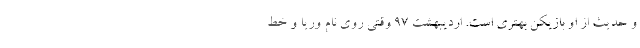
و حدیث از او بازیکن بهتری است. اردیبهشت 97 وقتی روی نام وریا و خط